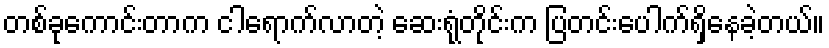
တစ်ခုကောင်းတာက ငါရောက်လာတဲ့ ဆေးရုံတိုင်းက ပြတင်းပေါက်ရှိနေခဲ့တယ်။